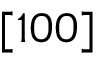
[ 1 0 0 ]